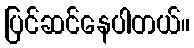
ပြင်ဆင်နေပါတယ်။